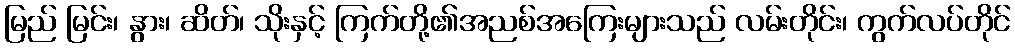
မြည် မြင်း၊ နွား၊ ဆိတ်၊ သိုးနှင့် ကြက်တို့၏အညစ်အကြေးများသည် လမ်းတိုင်း၊ ကွက်လပ်တိုင်